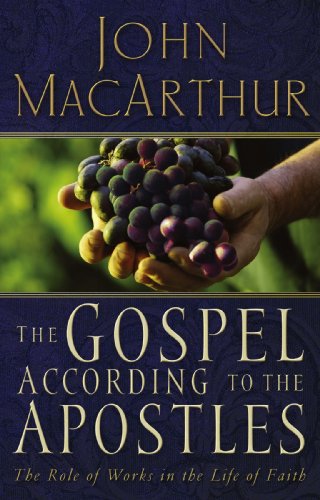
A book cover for The Gospel According to the Apostles; John F. MacArthur; Children's Books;